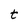
Character: t